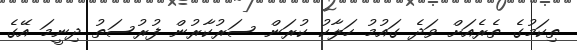
ތިކަމުގެ ތެރެއަށް ވަދެ ގައުމު ހަލާކު ކުރަން ސަރުކާރުން ފުރުސަތު ދިނީމަ އޭގެ